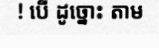
! បើ ដូច្នោះ តាម